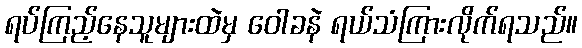
ရပ်ကြည့်နေသူများထဲမှ ဝေါခနဲ ရယ်သံကြားလိုက်ရသည်။